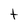
Character: t